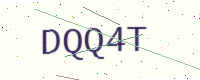
Text: DQQ4T